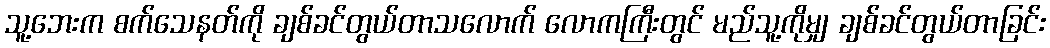
သူ့ဘေးက စက်သေနတ်ကို ချစ်ခင်တွယ်တာသလောက် လောကကြီးတွင် မည်သူ့ကိုမျှ ချစ်ခင်တွယ်တာခြင်း